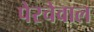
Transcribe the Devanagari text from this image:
पेरचेवाल